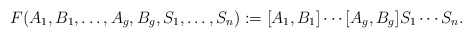
\begin{align*}F(A_1, B_1, \ldots ,A_g , B_g, S_1 , \ldots , S_n):= [A_1,B_1] \cdots [A_g ,B_g] S_1 \cdots S_n. \end{align*}